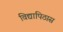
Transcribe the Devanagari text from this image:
विद्यापिठास